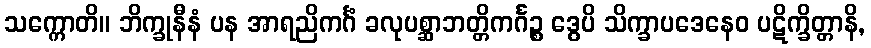
သက္ကောတိ။ ဘိက္ခုနီနံ ပန အာရညိကင်္ဂံ ခလုပစ္ဆာဘတ္တိကင်္ဂဉ္စ ဒွေပိ သိက္ခာပဒေနေဝ ပဋိက္ခိတ္တာနိ,